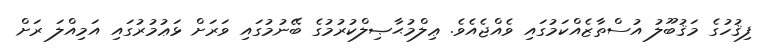
ފިޤުހުގެ މަޤުބޫލު އުސްތާޒެއްކަމުގައި ވެއްޖެއެވެ. ޢިލްމުޙާޞިލްކުރުމުގެ ބޭނުމުގައި ވަރަށް ޅަޢުމުރުގައި އަމިއްލަ ރަށް